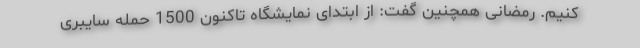
کنیم. رمضانی همچنین گفت: از ابتدای نمایشگاه تاکنون 1500 حمله سایبری